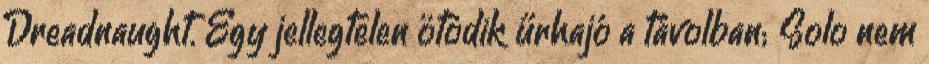
Dreadnaught. Egy jellegtelen ötödik űrhajó a távolban; Solo nem